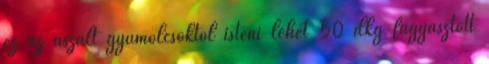
ez az aszalt gyümölcsöktől isteni lehet 50 dkg fagyasztott